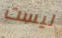
ليست